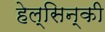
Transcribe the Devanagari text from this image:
हेल्सिन्की